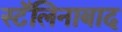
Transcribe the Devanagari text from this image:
स्टॅलिनाबाद